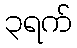
၃ရက်